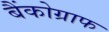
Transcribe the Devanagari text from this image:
बैंकोग्राफ